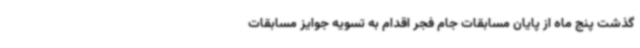
گذشت پنج ماه از پایان مسابقات جام فجر اقدام به تسویه جوایز مسابقات